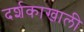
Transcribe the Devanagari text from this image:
दर्शकाखाली